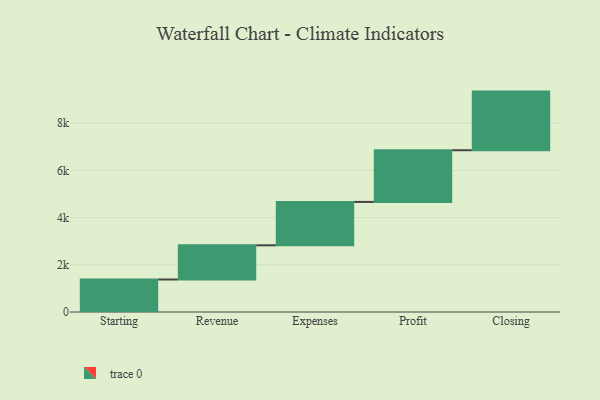
{"axis": {"x": "Step", "y": "Value"}, "legend": [""], "data": [{"x": "Starting", "y": 1377.0, "type": ""}, {"x": "Revenue", "y": 1449.0, "type": ""}, {"x": "Expenses", "y": 1838.0, "type": ""}, {"x": "Profit", "y": 2190.0, "type": ""}, {"x": "Closing", "y": 2484.0, "type": ""}]}